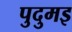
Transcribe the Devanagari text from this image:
पुदुमइ